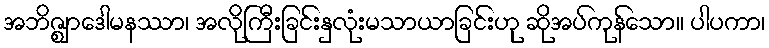
အဘိဇ္ဈာဒေါမနဿာ၊ အလိုကြီးခြင်းနှလုံးမသာယာခြင်းဟု ဆိုအပ်ကုန်သော။ ပါပကာ၊